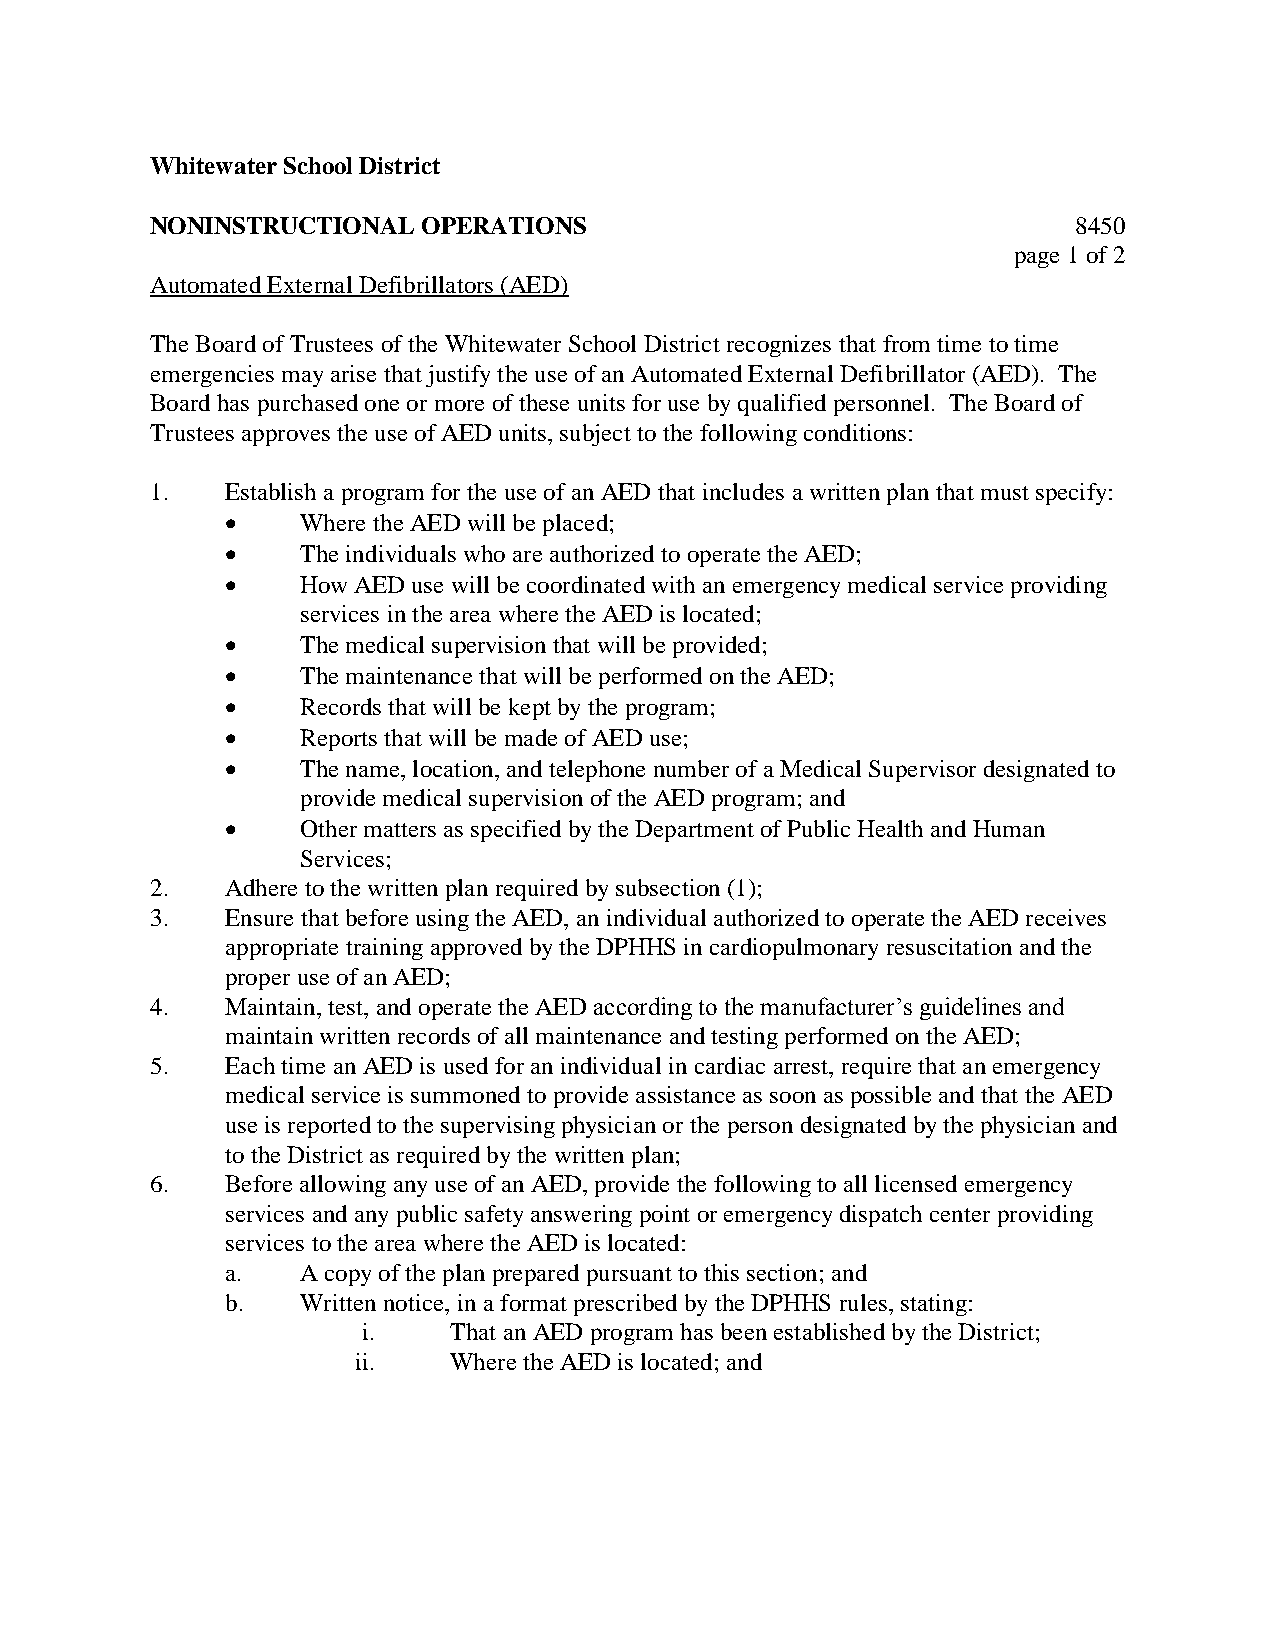
Whitewater School District
 NONINSTRUCTIONAL  OPERATIONS                                 8450
 page 1 of 2
 Automated External Defibrillators (AED)
 The Board of Trustees of the Whitewater School District recognizes that from time to time
 emergencies may arise that justify the use of an Automated External Defibrillator (AED). The
 Board has purchased one or more of these units for use by qualified personnel. The Board of
 Trustees approves the use of AED units, subject to the following conditions:
 1.   Establish a program for the use of an AED that includes a written plan that must specify:
     Where the AED will be placed;
     The individuals who are authorized to operate the AED;
     How AED use will be coordinated with an emergency medical service providing
 services in the area where the AED is located;
     The medical supervision that will be provided;
     The maintenance that will be performed on the AED;
     Records that will be kept by the program;
     Reports that will be made of AED use;
     The name, location, and telephone number of a Medical Supervisor designated to
 provide medical supervision of the AED program; and
     Other matters as specified by the Department of Public Health and Human
 Services;
 2.   Adhere to the written plan required by subsection (1);
 3.   Ensure that before using the AED, an individual authorized to operate the AED receives
 appropriate training approved by the DPHHS in cardiopulmonary resuscitation and the
 proper use of an AED;
 4.   Maintain, test, and operate the AED according to the manufacturer’s guidelines and
 maintain written records of all maintenance and testing performed on the AED;
 5.   Each time an AED is used for an individual in cardiac arrest, require that an emergency
 medical service is summoned to provide assistance as soon as possible and that the AED
 use is reported to the supervising physician or the person designated by the physician and
 to the District as required by the written plan;
 6.   Before allowing any use of an AED, provide the following to all licensed emergency
 services and any public safety answering point or emergency dispatch center providing
 services to the area where the AED is located:
 a.   A copy of the plan prepared pursuant to this section; and
 b.   Written notice, in a format prescribed by the DPHHS rules, stating:
 i.    That an AED program has been established by the District;
 ii.    Where the AED is located; and